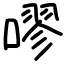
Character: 嘐